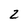
Character: 2